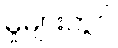
မှုများတွင်